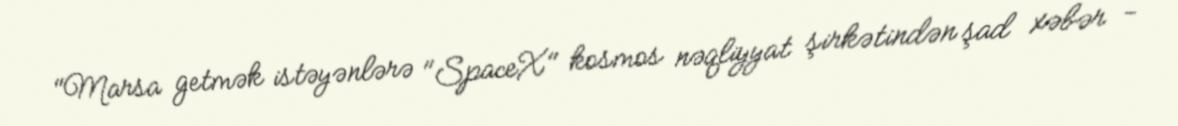
"Marsa getmək istəyənlərə "SpaceX" kosmos nəqliyyat şirkətindən şad xəbər -